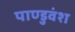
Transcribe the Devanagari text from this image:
पाण्डुवंश